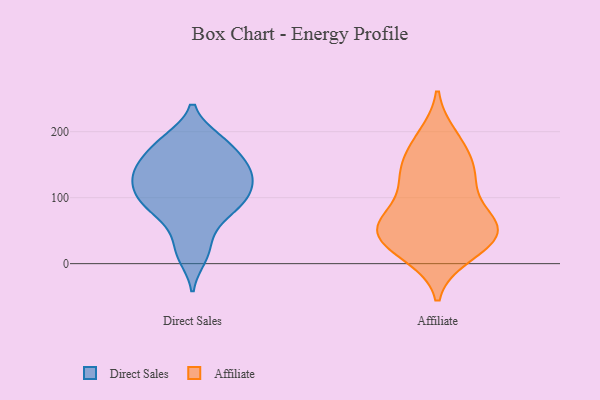
{"axis": {"x": "Waste Production (Tons)", "y": "Value"}, "legend": ["Affiliate", "Direct Sales"], "data": [{"x": "", "y": 98, "type": "Direct Sales"}, {"x": "", "y": 123, "type": "Direct Sales"}, {"x": "", "y": 134, "type": "Direct Sales"}, {"x": "", "y": 155, "type": "Direct Sales"}, {"x": "", "y": 125, "type": "Direct Sales"}, {"x": "", "y": 156, "type": "Direct Sales"}, {"x": "", "y": 100, "type": "Direct Sales"}, {"x": "", "y": 11, "type": "Direct Sales"}, {"x": "", "y": 62, "type": "Direct Sales"}, {"x": "", "y": 147, "type": "Direct Sales"}, {"x": "", "y": 135, "type": "Direct Sales"}, {"x": "", "y": 75, "type": "Direct Sales"}, {"x": "", "y": 187, "type": "Direct Sales"}, {"x": "", "y": 188, "type": "Direct Sales"}, {"x": "", "y": 24, "type": "Direct Sales"}, {"x": "", "y": 181, "type": "Direct Sales"}, {"x": "", "y": 95, "type": "Direct Sales"}, {"x": "", "y": 95, "type": "Direct Sales"}, {"x": "", "y": 67, "type": "Affiliate"}, {"x": "", "y": 77, "type": "Affiliate"}, {"x": "", "y": 127, "type": "Affiliate"}, {"x": "", "y": 69, "type": "Affiliate"}, {"x": "", "y": 52, "type": "Affiliate"}, {"x": "", "y": 50, "type": "Affiliate"}, {"x": "", "y": 57, "type": "Affiliate"}, {"x": "", "y": 132, "type": "Affiliate"}, {"x": "", "y": 32, "type": "Affiliate"}, {"x": "", "y": 17, "type": "Affiliate"}, {"x": "", "y": 165, "type": "Affiliate"}, {"x": "", "y": 192, "type": "Affiliate"}, {"x": "", "y": 48, "type": "Affiliate"}, {"x": "", "y": 33, "type": "Affiliate"}, {"x": "", "y": 185, "type": "Affiliate"}, {"x": "", "y": 134, "type": "Affiliate"}, {"x": "", "y": 13, "type": "Affiliate"}, {"x": "", "y": 133, "type": "Affiliate"}]}